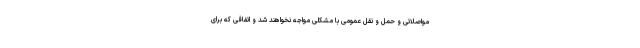
مواصلاتی و حمل و نقل عمومی با مشکلی مواجه نخواهند شد و اتفاقی که برای